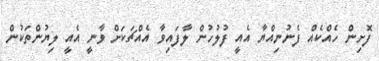
ފޮށިން ހެއްކެއް ފެނުނިއްޔާ އެއީ ފުލުހުން ލާފައިވާ އެއްޗަކަށް ވާނީ އެއީ ލިޔުންތަކުން